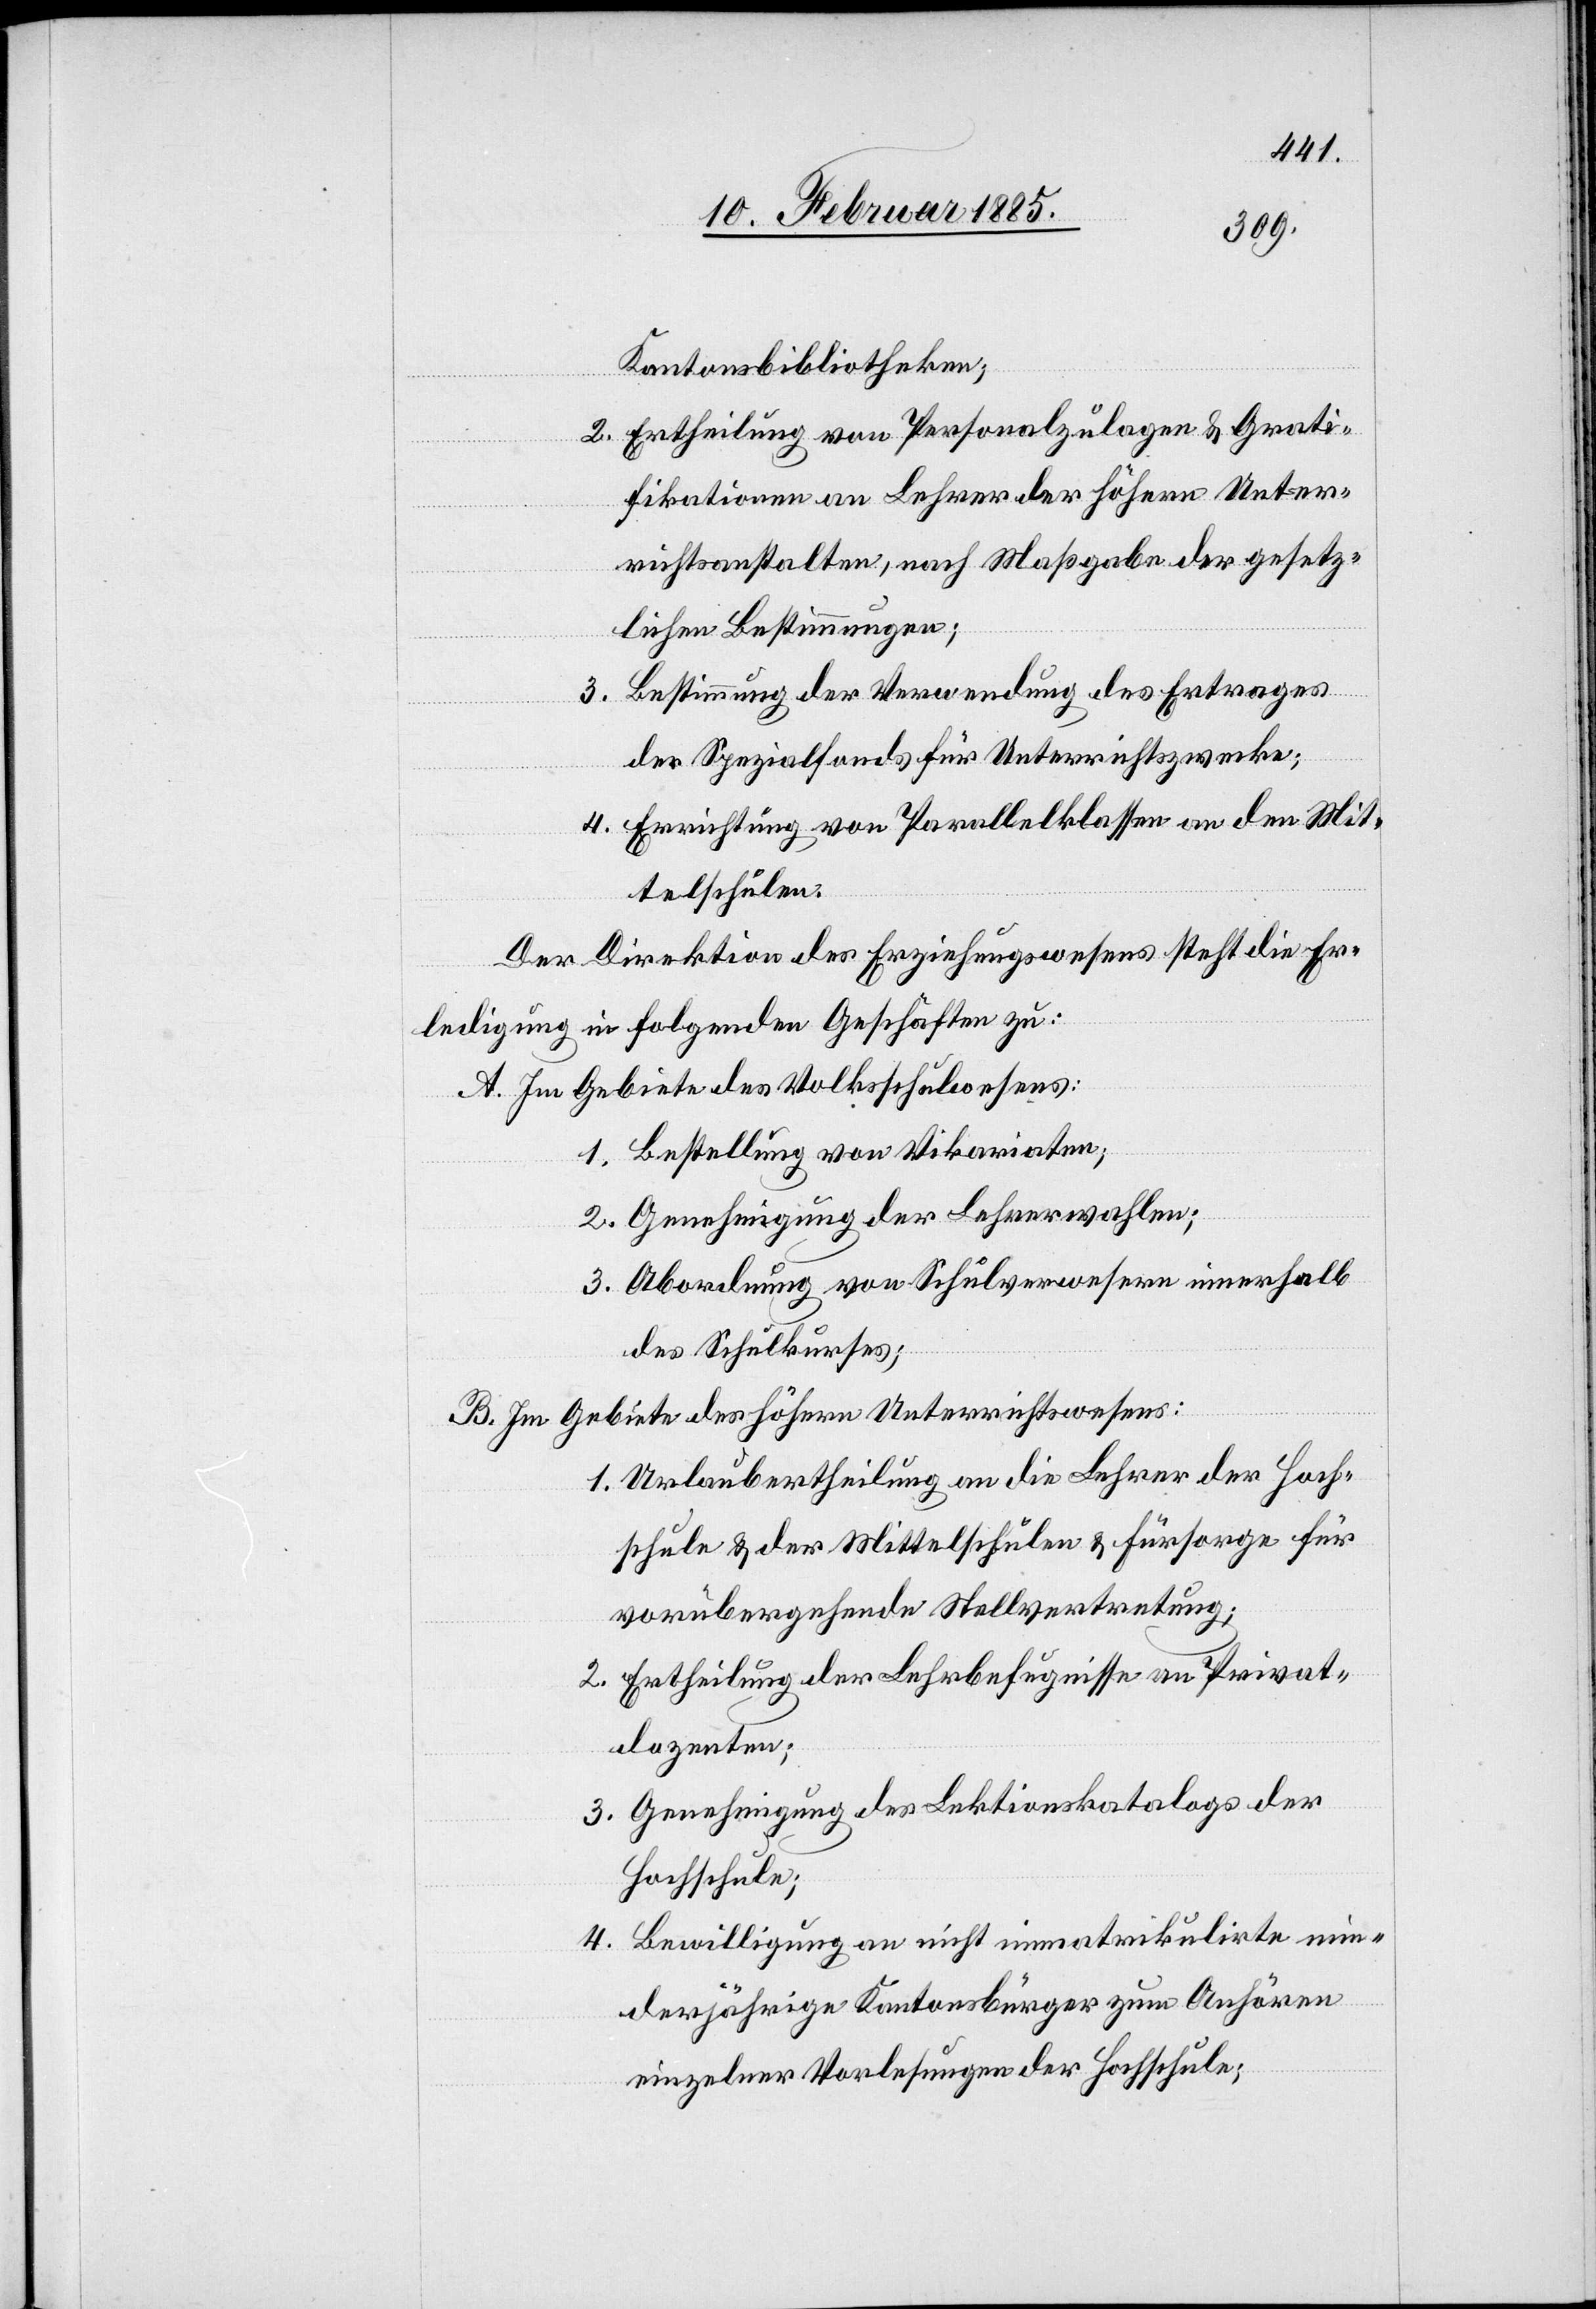
Kantonsbibliotheken;
2. Ertheilung von Personalzulagen & Grati¬
fikationen an Lehrer der höhern Unter¬
richtsanstalten, nach Maßgabe der gesetz¬
lichen Bestimmungen;
3. Bestimmung der Verwendung des Ertrages
der Spezialfonds für Unterrichtszwecke;
4. Errichtung von Parallelklassen an den Mit¬
telschulen.
Der Direktion des Erziehungswesens steht die Er¬
ledigung in folgenden Geschäften zu:
A. Im Gebiete des Volksschulwesens:
1. Bestellung von Vikariaten;
2. Genehmigung der Lehrerwahlen;
3. Abordnung von Schulverwesern innerhalb
des Schulkurses;
B. Im Gebiete des höhern Unterrichtswesens:
1. Urlaubertheilung an die Lehrer der Hoch¬
schule & der Mittelschulen & Fürsorge für
Vorübergehende Stellvertretung;
2. Ertheilung der Lehrbefugnisse an Privat¬
dozenten;
3. Genehmigung des Lektionskatalogs der
Hochschule;
4. Bewilligung an nicht immatrikulirte min¬
derjährige Kantonsbürger zum Anhören
einzelner Vorlesungen der Hochschule;